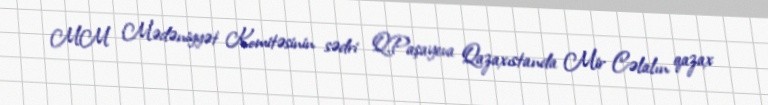
MM Mədəniyyət Komitəsinin sədri Q.Paşayeva Qazaxıstanda Mir Cəlalın qazax